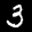
Label: 3